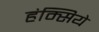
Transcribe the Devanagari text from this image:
हंम्सिये